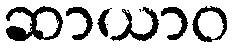
ဆာယာဝ